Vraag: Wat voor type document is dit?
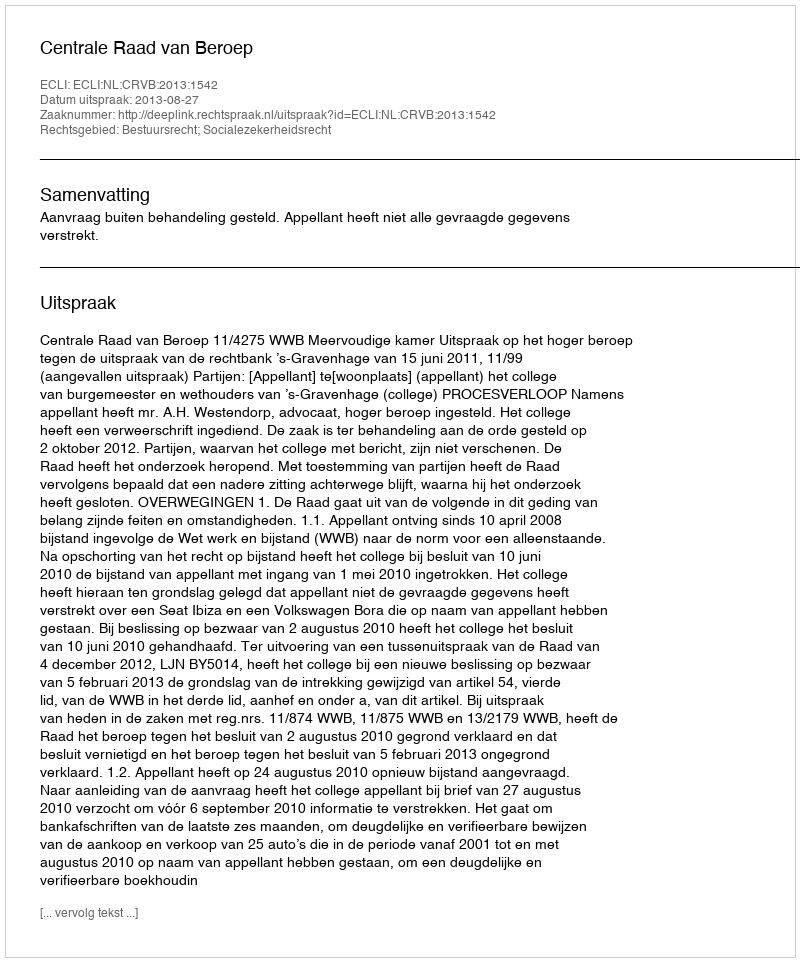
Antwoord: Uitspraak